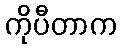
ကိုပီတာက